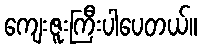
ကျေးဇူးကြီးပါပေတယ်။